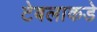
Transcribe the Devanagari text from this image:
टेबलाकडे